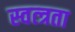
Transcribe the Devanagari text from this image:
स्वत्त्रता